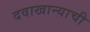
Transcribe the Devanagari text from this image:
दवाखान्याची